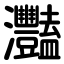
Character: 灩